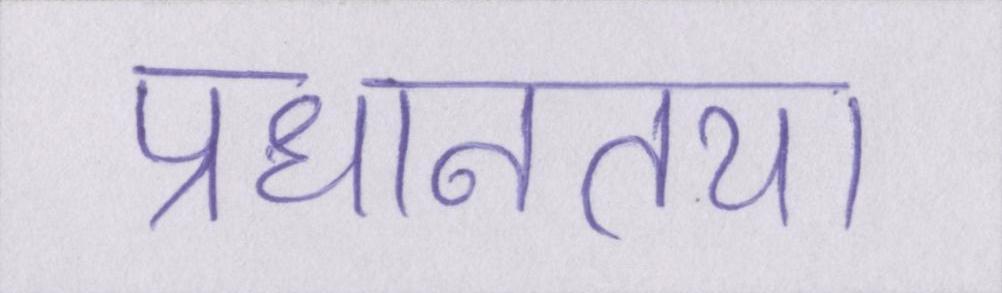
प्रधानतया